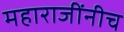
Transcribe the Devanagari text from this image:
महाराजींनीच